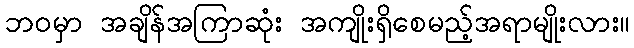
ဘဝမှာ အချိန်အကြာဆုံး အကျိုးရှိစေမည့်အရာမျိုးလား။